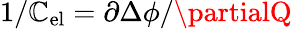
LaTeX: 1/\mathbb{C}_{\mathrm{{el}}}=\partial\Delta\phi/\partialQ